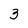
Character: 3